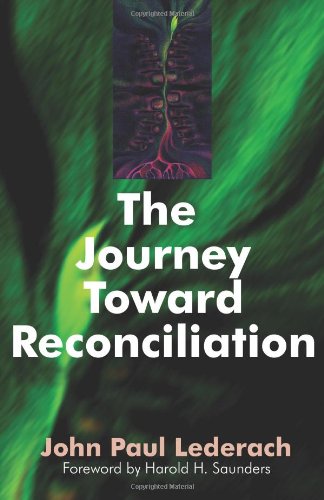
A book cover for The Journey Toward Reconciliation; John Paul Lederach; Christian Books & Bibles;